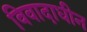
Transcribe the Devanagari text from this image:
विवादाधीन